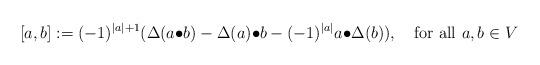
LaTeX: \begin{align*}[a, b]:=(-1)^{|a|+1}(\Delta(a{\bullet} b)-\Delta(a){\bullet} b-(-1)^{|a|}a{\bullet}\Delta(b)),\quad\mbox{for all}\,\, a, b\in V\end{align*}